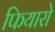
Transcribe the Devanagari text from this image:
फियारो